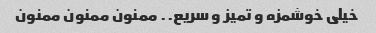
خیلی خوشمزه و تمیز و سریع.. ممنون ممنون ممنون